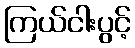
ကြယ်ငါးပွင့်